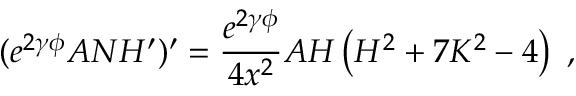
( e ^ { 2 \gamma \phi } A N H ^ { \prime } ) ^ { \prime } = \frac { e ^ { 2 \gamma \phi } } { 4 x ^ { 2 } } A H \left( H ^ { 2 } + 7 K ^ { 2 } - 4 \right) \ ,